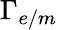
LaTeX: \Gamma_{e/m}